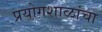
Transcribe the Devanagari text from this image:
प्रयोगशाळांचा